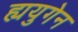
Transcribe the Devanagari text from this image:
ह्ययुगेन